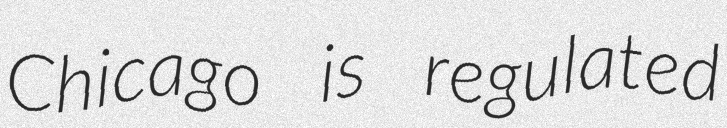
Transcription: Chicago is regulated